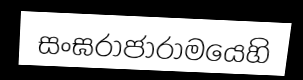
සංඝරාජාරාමයෙහි